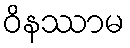
ဝိနဿာမ